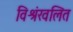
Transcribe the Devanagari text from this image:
विश्रंखलित